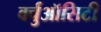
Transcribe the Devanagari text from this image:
वर्चुऑसिटी